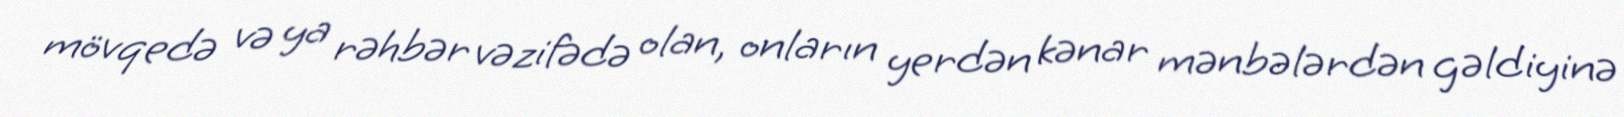
mövqedə və ya rəhbər vəzifədə olan, onların yerdən kənar mənbələrdən gəldiyinə